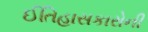
ઈતિહાસકારોની